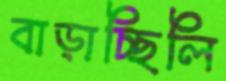
বাড়াচ্ছিলি